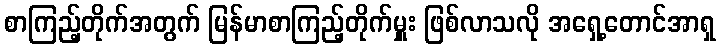
စာကြည့်တိုက်အတွက် မြန်မာစာကြည့်တိုက်မှူး ဖြစ်လာသလို အရှေ့တောင်အာရှ